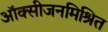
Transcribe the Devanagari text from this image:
ऑक्सीजनमिश्रित